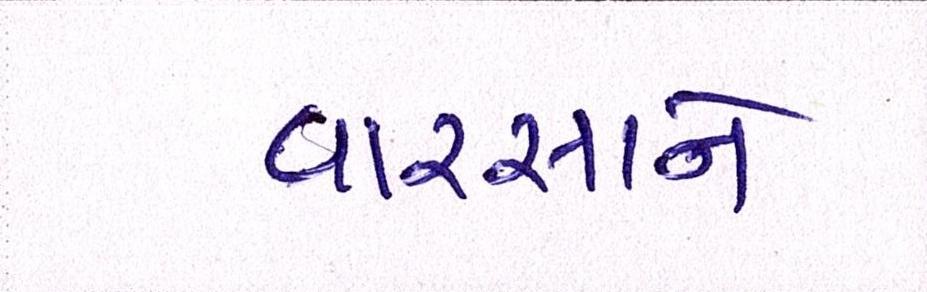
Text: વારસાને